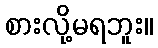
စားလို့မရဘူး။